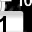
Digit: 1